Lunatic asylums Central Provinces reports 1886-1894 - 1886-1894
Year: 1886
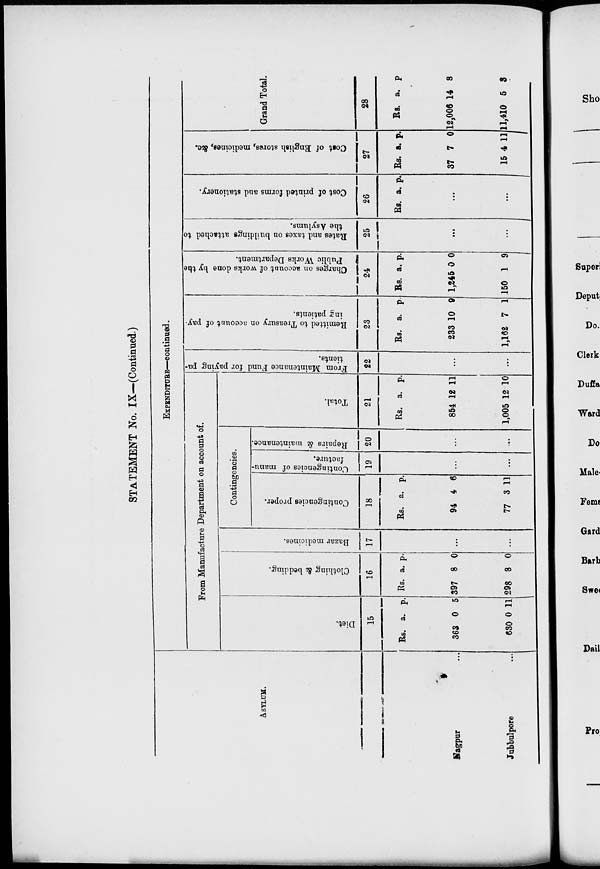
STATEMENT No. IX—(Continued.)
ASYLUM.
Nagpur ...
Jubbulpore ...
EXPENDITURE—continued.
From Manufacture Department on account of.
Diet.
15
Rs.
363
630
a.
0
0
p.
5
11
Clothing & bedding.
16
Rs.
397
298
a.
8
8
p.
0
0
Bazar medicines.
17
...
...
Contingencies.
Contingencies proper.
18
Rs.
94
77
a.
4
3
p.
6
11
Contingencies of manu-
facture.
19
...
...
Repairs & maintenance.
20
...
...
Total.
21
Rs.
854
1,005
a.
12
12
p.
11
10
From Maintenance Fund for paying pa-
tients.
22
...
...
Remitted to Treasury on account of pay-
ing patients.
23
Rs.
233
1,162
a.
10
7
p.
9
1
Charges on account of works done by the
Public Works Department.
24
Rs.
1,245
150
a.
0
1
p.
0
9
Rates and taxes on buildings attached to
the Asylums.
25
...
...
Cost of printed forms and stationery.
26
Rs. a.
p.
...
...
Cost
of English stores, medicines, &c.
27
Rs.
37
15
a.
7
4
p.
0
11
Grand Total.
28
Rs.
12,006
11,410
a.
14
5
p.
8
3